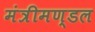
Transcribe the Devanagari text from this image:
मंत्रीमण्‍डल